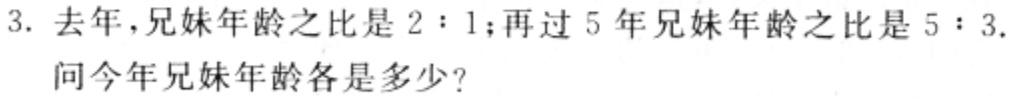
3. 去年，兄妹年龄之比是$2:1$；再过 5 年兄妹年龄之比是$5:3$.
问今年兄妹年龄各是多少？